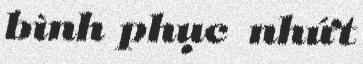
bình phục nhứt